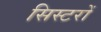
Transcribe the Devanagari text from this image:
सिस्टरों